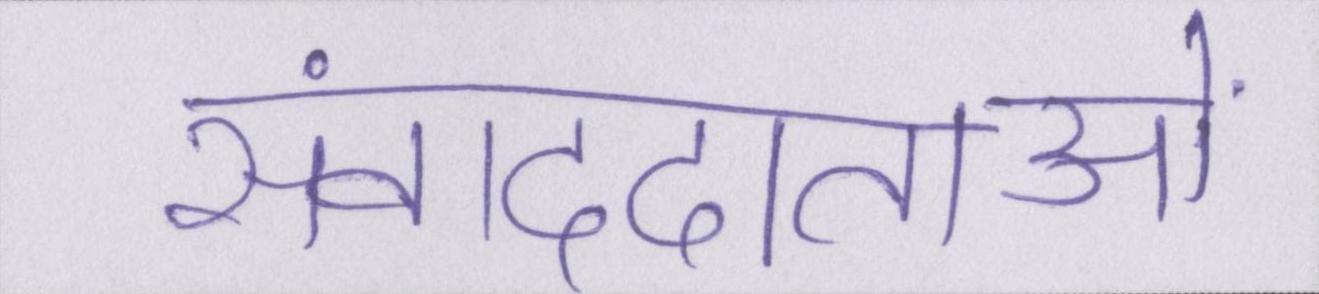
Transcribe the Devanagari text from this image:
संवाददाताओं